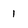
Character: 1